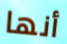
أنها